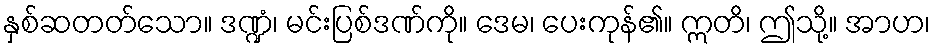
နှစ်ဆတတ်သော။ ဒဏ္ဍံ၊ မင်းပြစ်ဒဏ်ကို။ ဒေမ၊ ပေးကုန်၏။ ဣတိ၊ ဤသို့။ အာဟ၊